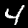
Digit: 4